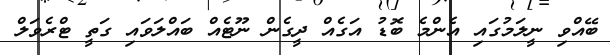
ބޭއްވި ނީލަމުގައި އެންމެ ބޮޑު އަގެއް ދީގެން ނޫޓެއް ބައްލަަވައި ގަތީ ޓްރެވަލް